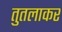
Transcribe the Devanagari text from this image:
तुतलाकर